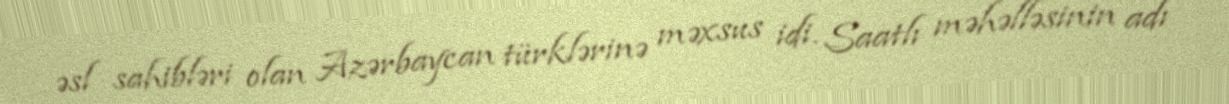
əsl sahibləri olan Azərbaycan türklərinə məxsus idi. Saatlı məhəlləsinin adı